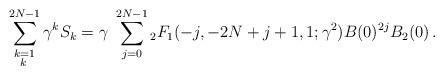
LaTeX: \begin{align*}\sum_{\substack{k=1\\k \, }}^{2N-1}\gamma^k S_k&= \gamma ~ \sum_{j=0}^{2N-1} {}_2 F_1(-j, -2N+j+1 , 1; \gamma^2) B(0)^{2j}B_2(0)\,.\end{align*}